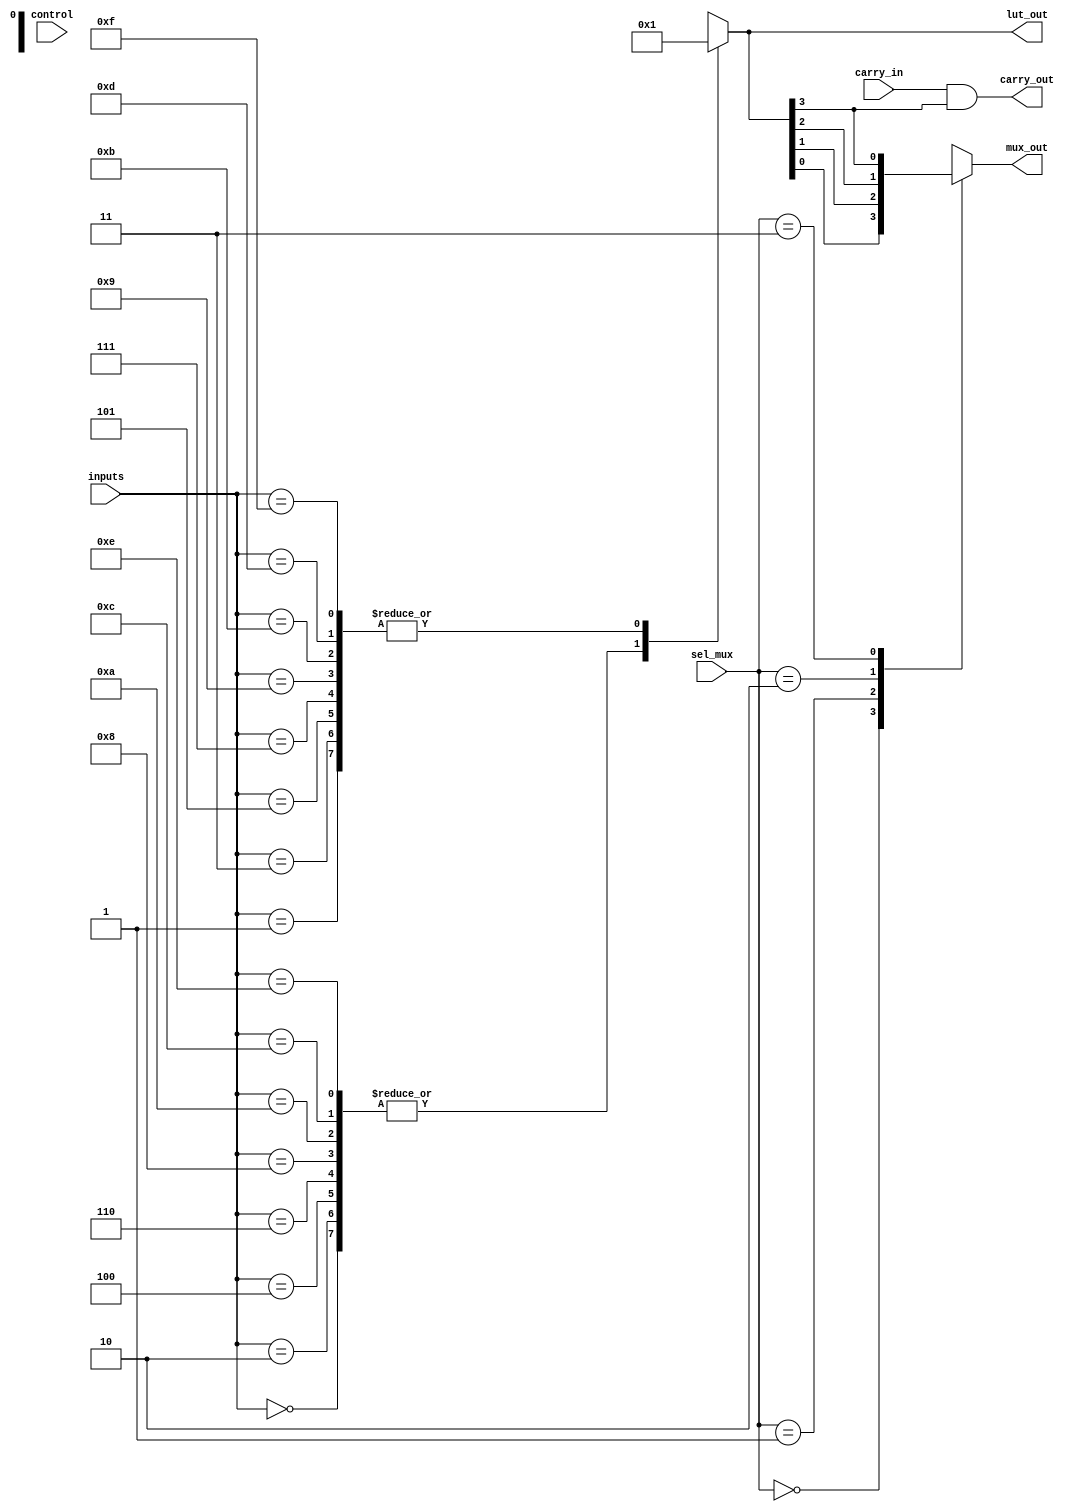
module CLB (
    input [3:0] inputs,           // 4-inputs for LUT
    input [1:0] sel_mux,          // Select signal for multiplexer
    input carry_in,               // Carry input for arithmetic
    input [1:0] control,          // Control signals
    output reg carry_out,         // Carry output for arithmetic
    output reg [3:0] lut_out,     // Output of LUT
    output reg mux_out            // Output of multiplexer
);

// Configuration memory for LUT (4-input)
reg [15:0] lut_config; // 16 possible combinations for 4 inputs

// Internal signals
wire [3:0] lut_result;
reg [3:0] mux_inputs [3:0]; // Inputs to the multiplexer

// LUT Logic Implementation
always @(*) begin
    case (inputs)
        4'b0000: lut_out = lut_config[0];
        4'b0001: lut_out = lut_config[1];
        4'b0010: lut_out = lut_config[2];
        4'b0011: lut_out = lut_config[3];
        4'b0100: lut_out = lut_config[4];
        4'b0101: lut_out = lut_config[5];
        4'b0110: lut_out = lut_config[6];
        4'b0111: lut_out = lut_config[7];
        4'b1000: lut_out = lut_config[8];
        4'b1001: lut_out = lut_config[9];
        4'b1010: lut_out = lut_config[10];
        4'b1011: lut_out = lut_config[11];
        4'b1100: lut_out = lut_config[12];
        4'b1101: lut_out = lut_config[13];
        4'b1110: lut_out = lut_config[14];
        4'b1111: lut_out = lut_config[15];
        default: lut_out = 4'b0000; // Default case
    endcase
end

// MUX Logic
always @(*) begin
    case (sel_mux)
        2'b00: mux_out = lut_out[0]; // Select LUT output 0
        2'b01: mux_out = lut_out[1]; // Select LUT output 1
        2'b10: mux_out = lut_out[2]; // Select LUT output 2
        2'b11: mux_out = lut_out[3]; // Select LUT output 3
        default: mux_out = 1'b0;      // Default case
    endcase
end

// Carry Logic Implementation (simple carry-out example)
always @(*) begin
    carry_out = carry_in & lut_out[3]; // Example: carry out if carry_in and MSB of LUT output
end

// Configuration Memory Initialization (for simulation purposes)
initial begin
    lut_config = 16'b1010101010101010; // Example configuration - can be modified
end

endmodule